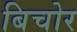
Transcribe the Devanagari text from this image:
बिचोर